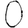
Digit: 0